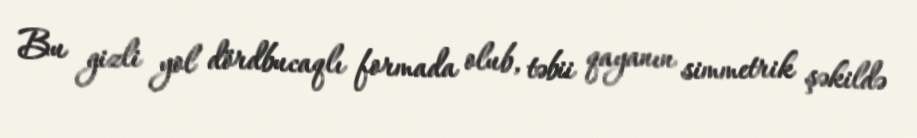
Bu gizli yol dördbucaqlı formada olub, təbii qayanın simmetrik şəkildə